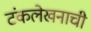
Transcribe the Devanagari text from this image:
टंकलेखनाची